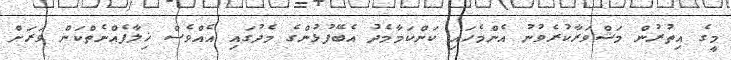
މީގެ އިތުރުން މަޝްވަރާކުރެވުނު އެންމެހައި ކަންކަމާމެދު އެބޭފުޅުންގެ މެދުގައި އެއްވެސް ޚިލާފެއްނެތްކަން ވަރަށް